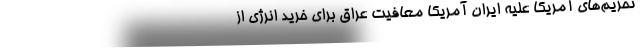
تحریم‌های آمریکا علیه ایران آمریکا معافیت عراق برای خرید انرژی از